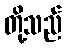
တို့သည်